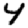
Digit: 4